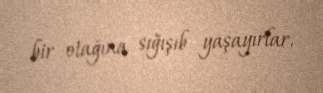
bir otağına sığışıb yaşayırlar.